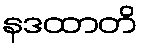
နဒထာတိ